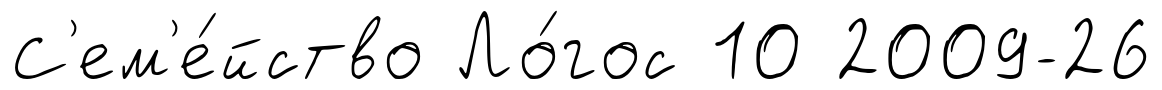
С'ем'е́йство Ло́гос 10 2009-26